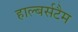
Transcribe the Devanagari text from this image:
हाल्बर्सटैम